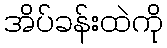
အိပ်ခန်းထဲကို